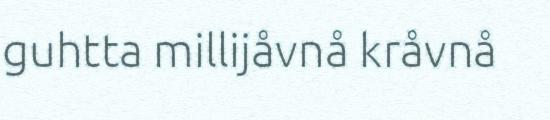
guhtta millijåvnå kråvnå